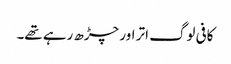
کافی لوگ اتر اور چڑھ رہے تھے۔